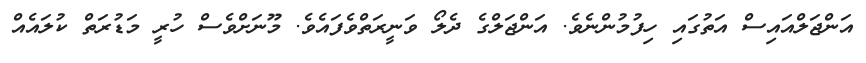
އަންޖަލްއައިސް އަތުގައި ހިފުމުންނެވެ. އަންޖަލްގެ ދެލޯ ވަނީރަތްވެފައެވެ. މޫނަށްވެސް ހުރީ މަޑުރަތް ކުލައެއް